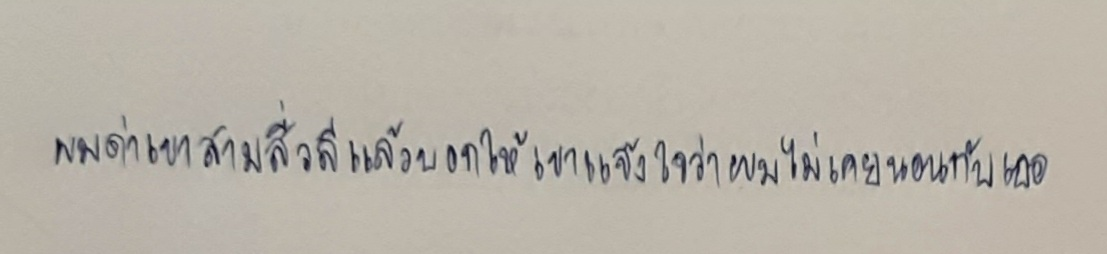
ผมด่าเขาสามสี่วลีแล้วบอกให้เขาแจ้งใจว่าผมไม่เคยนอนกับเธอ